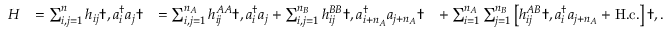
\begin{array} { r l r l } { H } & { = \sum _ { i , j = 1 } ^ { n } h _ { i j } \dag , a _ { i } ^ { \dagger } a _ { j } \dag } & { = \sum _ { i , j = 1 } ^ { n _ { A } } h _ { i j } ^ { A A } \dag , a _ { i } ^ { \dagger } a _ { j } + \sum _ { i , j = 1 } ^ { n _ { B } } h _ { i j } ^ { B B } \dag , a _ { i + n _ { A } } ^ { \dagger } a _ { j + n _ { A } } \dag } & { + \sum _ { i = 1 } ^ { n _ { A } } \sum _ { j = 1 } ^ { n _ { B } } \left[ h _ { i j } ^ { A B } \dag , a _ { i } ^ { \dagger } a _ { j + n _ { A } } + \mathrm { H . c . } \right] \dag , . } \end{array}